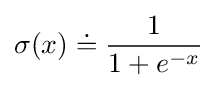
\sigma (x)\doteq {\frac {1}{1+e^{-x}}}